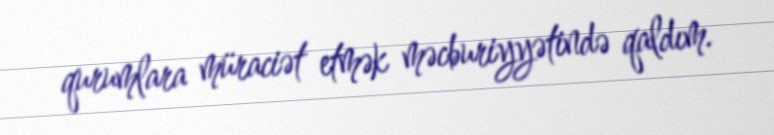
qurumlara müraciət etmək məcburiyyətində qaldım.